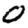
Digit: 0